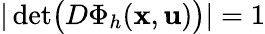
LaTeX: |\operatorname*{det}\bigl(D\Phi_{h}(\mathbf{x},\mathbf{u})\bigr)|=1